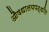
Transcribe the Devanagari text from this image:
औषधालयपद्धति